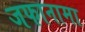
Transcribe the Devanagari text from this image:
जफानामा